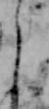
よ